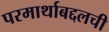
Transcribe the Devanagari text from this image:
परमार्थाबद्दलची